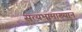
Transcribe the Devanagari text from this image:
सत्यभामाख्यान